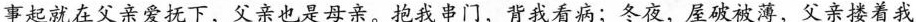
事起就在父亲爱抚下，父亲也是母亲。抱我串门，背我看病；冬夜，屋破被薄，父亲搂着我